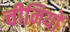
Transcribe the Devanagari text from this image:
चीनियाें